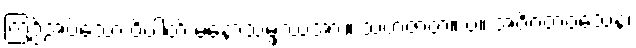
ကြဉ်အပ်သော ဝိပါတ် မနောသမ္ဖဿအား။ သဟဇာတ။ ပ။ အဝိဂတဝသေန၊